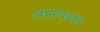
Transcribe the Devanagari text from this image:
अप्रत्यक्षात